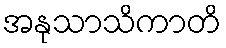
အနုသာသိကာတိ